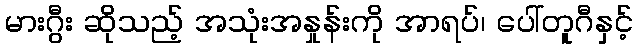
မားဂွီး ဆိုသည့် အသုံးအနှုန်းကို အာရပ်၊ ပေါ်တူဂီနှင့်